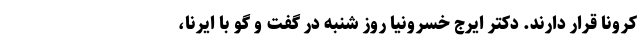
کرونا قرار دارند. دکتر ایرج خسرونیا روز شنبه در گفت و گو با ایرنا،